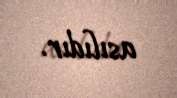
asılıdır.